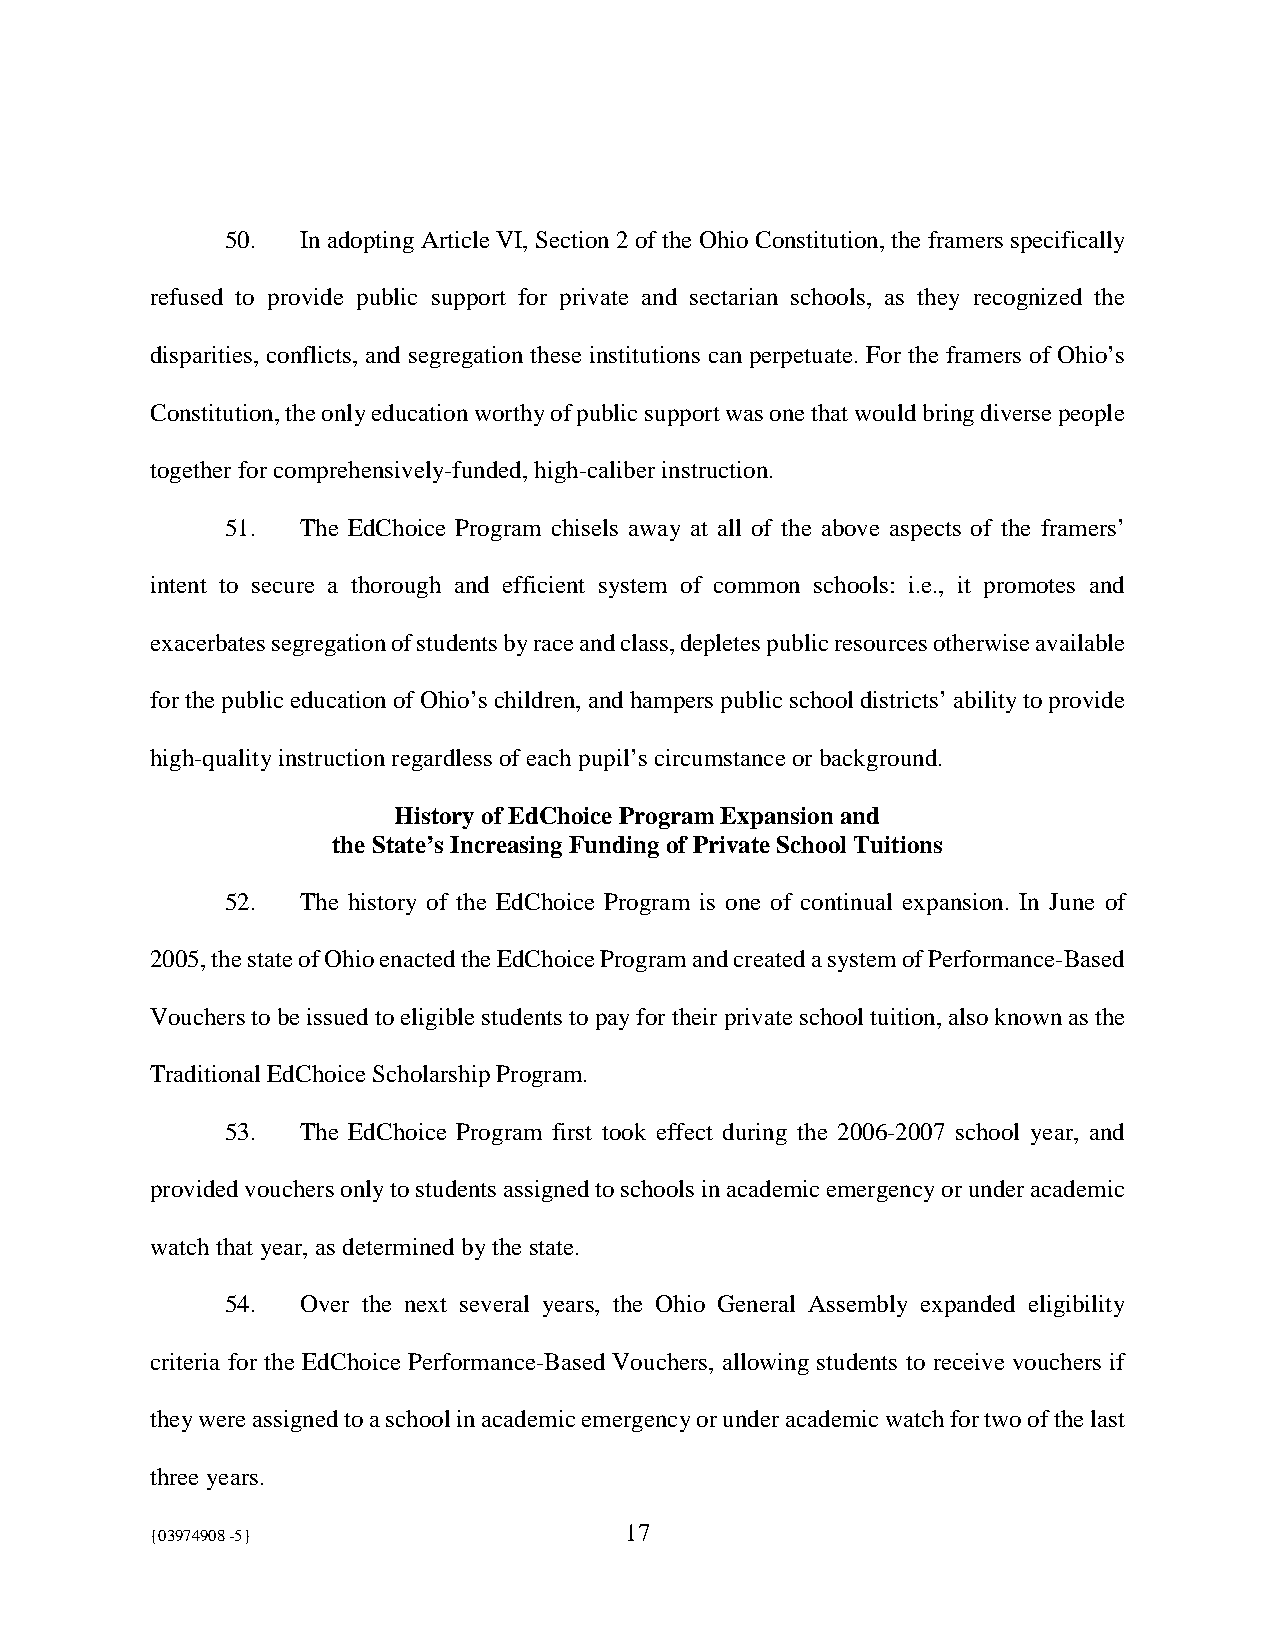
50.  In adopting Article VI, Section 2 of the Ohio Constitution, the framers specifically
 refused to provide public support for private and sectarian schools, as they recognized the
 disparities, conflicts, and segregation these institutions can perpetuate. For the framers of Ohio’s
 Constitution, the only education worthy of public support was one that would bring diverse people
 together for comprehensively-funded, high-caliber instruction.
 51.  The EdChoice Program chisels away at all of the above aspects of the framers’
 intent to secure a thorough and efficient system of common schools: i.e., it promotes and
 exacerbates segregation of students by race and class, depletes public resources otherwise available
 for the public education of Ohio’s children, and hampers public school districts’ ability to provide
 high-quality instruction regardless of each pupil’s circumstance or background.
 History of EdChoice Program Expansion and
 the State’s Increasing Funding of Private School Tuitions
 52.  The history of the EdChoice Program is one of continual expansion. In June of
 2005, the state of Ohio enacted the EdChoice Program and created a system of Performance-Based
 Vouchers to be issued to eligible students to pay for their private school tuition, also known as the
 Traditional EdChoice Scholarship Program.
 53.  The EdChoice Program first took effect during the 2006-2007 school year, and
 provided vouchers only to students assigned to schools in academic emergency or under academic
 watch that year, as determined by the state.
 54.  Over the next several years, the Ohio General Assembly expanded eligibility
 criteria for the EdChoice Performance-Based Vouchers, allowing students to receive vouchers if
 they were assigned to a school in academic emergency or under academic watch for two of the last
 three years.
 {03974908 -5}                  17